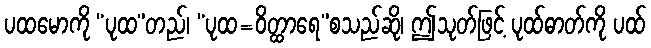
ပထမောကို “ပုထ”တည်၊ “ပုထ=ဝိတ္ထာရေ”စသည်ဆို၊ ဤသုတ်ဖြင့် ပုထ်ဓာတ်ကို ပထ်